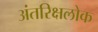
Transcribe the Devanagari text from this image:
अंतरिक्षलोक